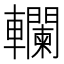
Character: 𨏭